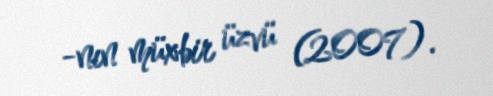
-nın müxbir üzvü (2007).